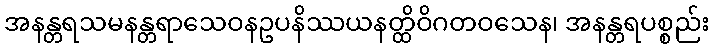
အနန္တရသမနန္တရာသေဝနဥပနိဿယနတ္ထိဝိဂတဝသေန၊ အနန္တရပစ္စည်း